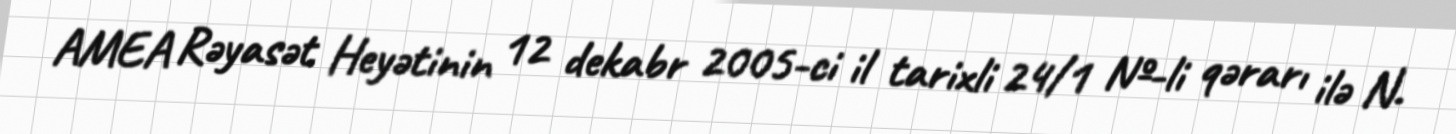
AMEA Rəyasət Heyətinin 12 dekabr 2005-ci il tarixli 24/1 №-li qərarı ilə N.